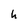
Character: h